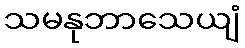
သမနုဘာသေယျံ